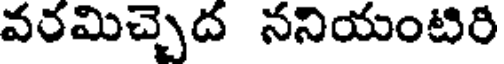
వరమిచ్చెద ననియంటిరి